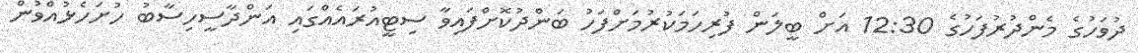
ދުވަހުގެ މެންދުރުފަހުގެ 12:30 އަށް ބީލަން ފުރިހަމަކުރުމަށްފަހު ބަންދުކޮށްފައިވާ ސިޓީއުރައެއްގައި އަންދާސީހިސާބު ހުށަހެޅުއްވުން